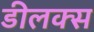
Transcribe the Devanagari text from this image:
डीलक्‍स